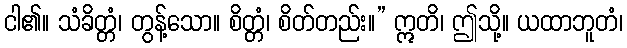
ငါ၏။ သံခိတ္တံ၊ တွန့်သော။ စိတ္တံ၊ စိတ်တည်း။” ဣတိ၊ ဤသို့။ ယထာဘူတံ၊